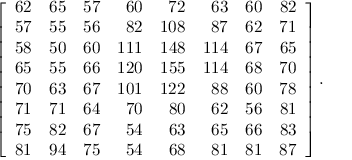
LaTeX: \left[ { \begin{array} { r r r r r r r r } { 6 2 } & { 6 5 } & { 5 7 } & { 6 0 } & { 7 2 } & { 6 3 } & { 6 0 } & { 8 2 } \\ { 5 7 } & { 5 5 } & { 5 6 } & { 8 2 } & { 1 0 8 } & { 8 7 } & { 6 2 } & { 7 1 } \\ { 5 8 } & { 5 0 } & { 6 0 } & { 1 1 1 } & { 1 4 8 } & { 1 1 4 } & { 6 7 } & { 6 5 } \\ { 6 5 } & { 5 5 } & { 6 6 } & { 1 2 0 } & { 1 5 5 } & { 1 1 4 } & { 6 8 } & { 7 0 } \\ { 7 0 } & { 6 3 } & { 6 7 } & { 1 0 1 } & { 1 2 2 } & { 8 8 } & { 6 0 } & { 7 8 } \\ { 7 1 } & { 7 1 } & { 6 4 } & { 7 0 } & { 8 0 } & { 6 2 } & { 5 6 } & { 8 1 } \\ { 7 5 } & { 8 2 } & { 6 7 } & { 5 4 } & { 6 3 } & { 6 5 } & { 6 6 } & { 8 3 } \\ { 8 1 } & { 9 4 } & { 7 5 } & { 5 4 } & { 6 8 } & { 8 1 } & { 8 1 } & { 8 7 } \end{array} } \right] .